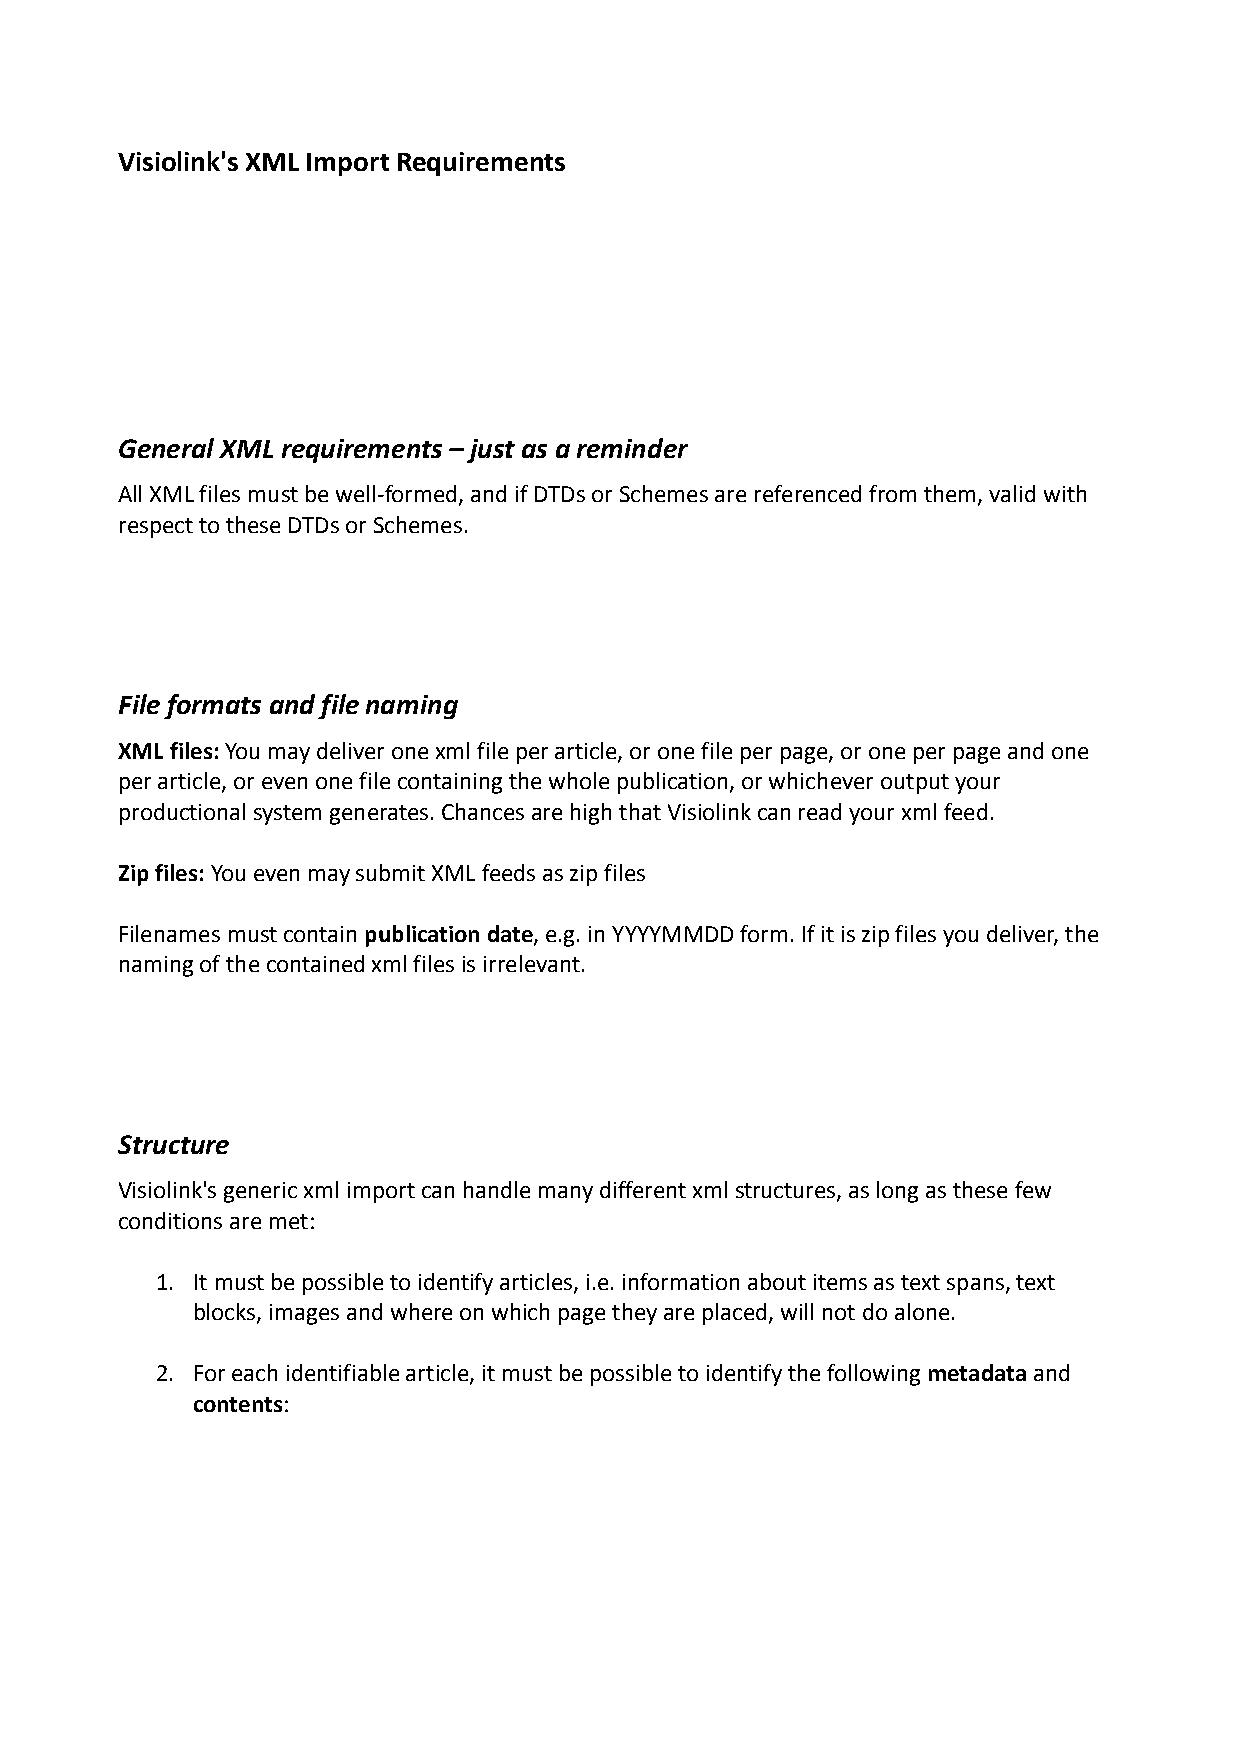
Visiolink's XML Import Requirements
 General XML requirements – just as a reminder
 All XML files must be well-formed, and if DTDs or Schemes are referenced from them, valid with
 respect to these DTDs or Schemes.
 File formats and file naming
 XML files: You may deliver one xml file per article, or one file per page, or one per page and one
 per article, or even one file containing the whole publication, or whichever output your
 productional system generates. Chances are high that Visiolink can read your xml feed.
 Zip files: You even may submit XML feeds as zip files
 Filenames must contain publication date, e.g. in YYYYMMDD form. If it is zip files you deliver, the
 naming of the contained xml files is irrelevant.
 Structure
 Visiolink's generic xml import can handle many different xml structures, as long as these few
 conditions are met:
 1. It must be possible to identify articles, i.e. information about items as text spans, text
 blocks, images and where on which page they are placed, will not do alone.
 2. For each identifiable article, it must be possible to identify the following metadata and
 contents: